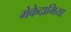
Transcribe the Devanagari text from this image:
मेकेदामिया